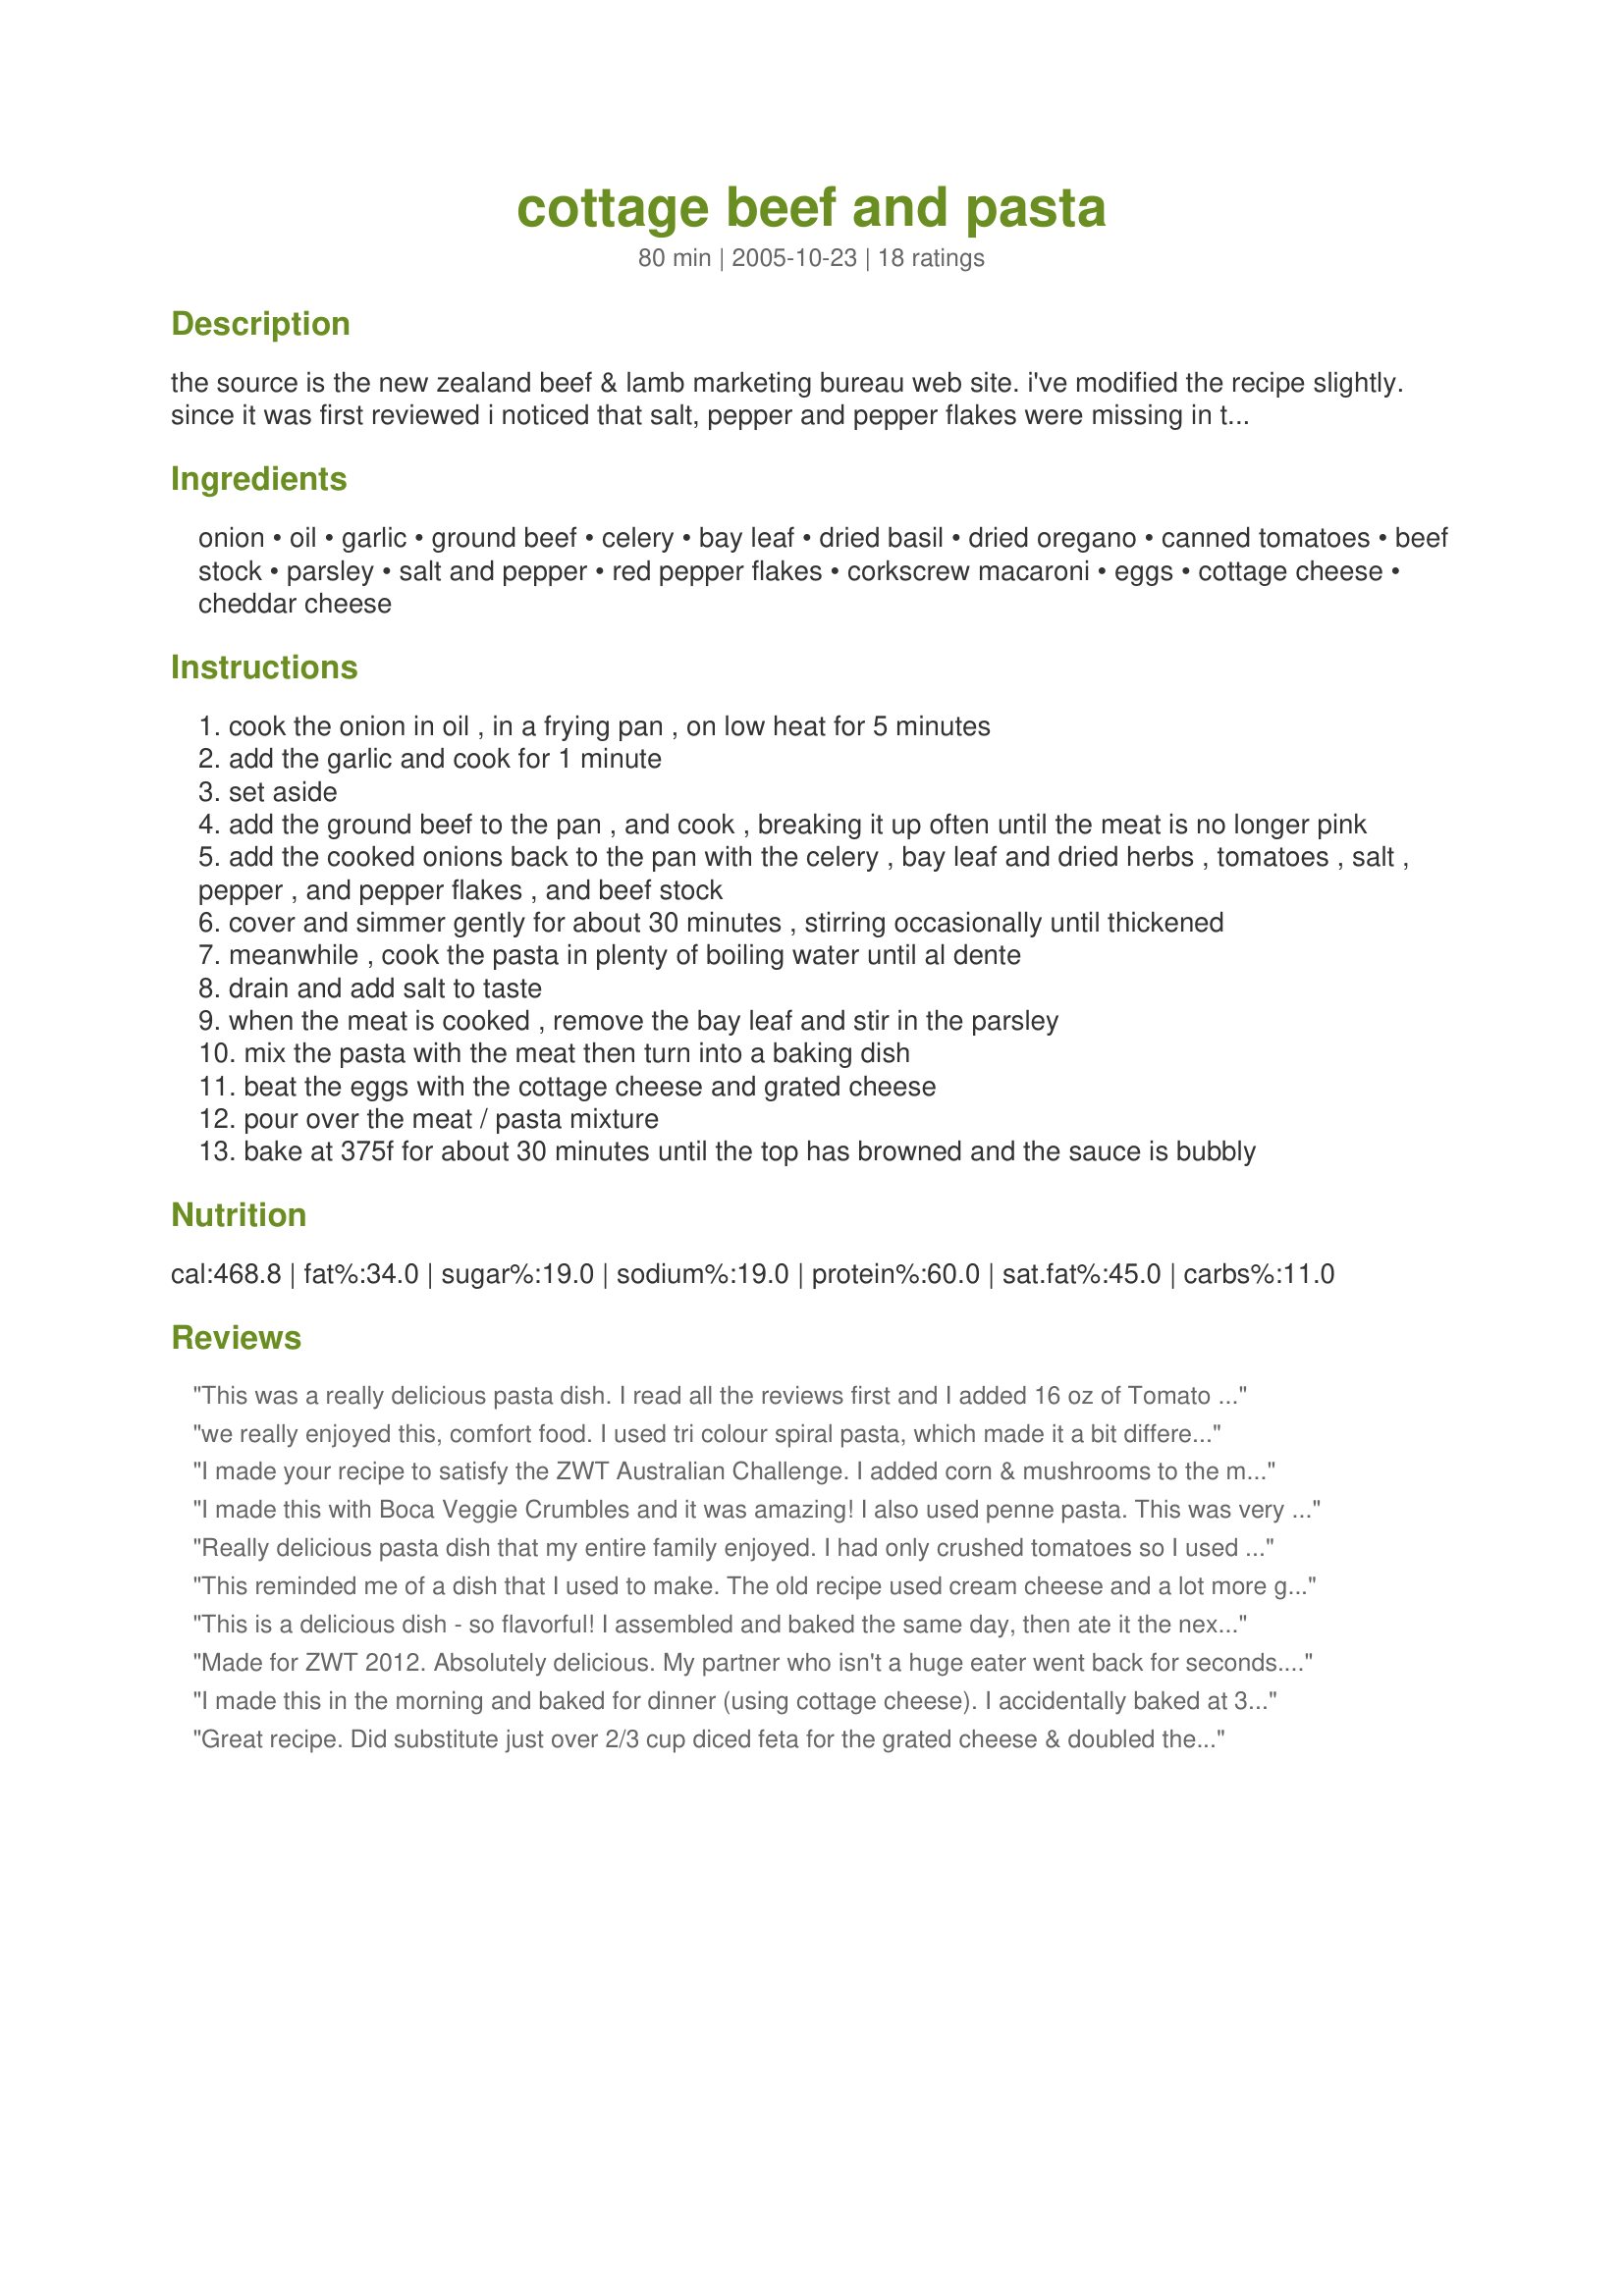
cottage beef and pasta
Preparation time: 80 minutes

the source is the new zealand beef & lamb marketing bureau web site. i've modified the recipe slightly. since it was first reviewed i noticed that salt, pepper and pepper flakes were missing in the ingredient list, so they have been added. this recipe is better the next day - if you can, make it ahead through step 5, refrigerate and bake before you're ready to serve.

Ingredients:
onion, oil, garlic, ground beef, celery, bay leaf, dried basil, dried oregano, canned tomatoes, beef stock, parsley, salt and pepper, red pepper flakes, corkscrew macaroni, eggs, cottage cheese, cheddar cheese

Steps:
cook the onion in oil , in a frying pan , on low heat for 5 minutes
add the garlic and cook for 1 minute
set aside
add the ground beef to the pan , and cook , breaking it up often until the meat is no longer pink
add the cooked onions back to the pan with the celery , bay leaf and dried herbs , tomatoes , salt , pepper , and pepper flakes , and beef stock
cover and simmer gently for about 30 minutes , stirring occasionally until thickened
meanwhile , cook the pasta in plenty of boiling water until al dente
drain and add salt to taste
when the meat is cooked , remove the bay leaf and stir in the parsley
mix the pasta with the meat then turn into a baking dish
beat the eggs with the cottage cheese and grated cheese
pour over the meat / pasta mixture
bake at 375f for about 30 minutes until the top has browned and the sauce is bubbly

Reviews:
This was a really delicious pasta dish. I read all the reviews first and I added 16 oz of Tomato sauce and I had a little bit left over of diced tomatoes, so I added them with the other 14 oz. That is all I changed and it turned out really great. We all loved this dish and will definitely make again. Just to mention I chose to use yogurt since that is what I had. Great flavor. Thanks for posting PanNan this recipe.
we really enjoyed this, comfort food. I used tri colour spiral pasta, which made it a bit different to look at ha ha, but really a delicious dish, thank you, made for Susies World Tour.
I made your recipe to satisfy the ZWT Australian Challenge. I added corn & mushrooms to the meat mixture, topped the dish w/a scatter of slivered almonds & used spaghetti instead of penne for the pasta. We found the meat mixture fairly basic, but the cheese topping was absolutely wonderful! I suspect it would be just as good in a wide variety of other dishes atop casseroles, veggies, etc. I plan to revisit this recipe after ZWT is over & make it as written. Thx for posting.
I made this with Boca Veggie Crumbles and it was amazing! I also used penne pasta. This was very easy and well worth the time it took to make it.
Really delicious pasta dish that my entire family enjoyed. I had only crushed tomatoes so I used those and topped with some freshly grated parmesan. It was terrific and easy to make. I would use this as a make ahead meal in the future, I think it would freeze nicely. Thanks for posting Nan! Made for ZWT #8 :)
This reminded me of a dish that I used to make. The old recipe used cream cheese and a lot more ground beef and cheese - it was very heavy but very tasty! This recipe has a lot of the same flavours but you don't have to have a nap on the couch after eating! I was low on cottage cheese so I supplemented with plain yogurt. I thought I had some regular pasta but had to use brown rice pasta instead. I tossed a little bit of cheese on top to add a bit of colour. Small changes to a great recipe. Very good! Made for ZWT8. Thanks PanNan! :)
This is a delicious dish - so flavorful! I assembled and baked the same day, then ate it the next, so I think that gave it time for the flavors to meld. Will definitely make again!
Made for ZWT 2012. Absolutely delicious. My partner who isn't a huge eater went back for seconds. One housemate had already had dinner, but had two servings and my other one asked me to rate it A would eat the **** out of it again. I also enjoyed it greatly and a six serving meal was devoured by 4 thoroughly impressed people.<br/><br/>Very easy to follow recipe, easy to make and goes down like a treat. Thanks so much for sharing.
I made this in the morning and baked for dinner (using cottage cheese). I accidentally baked at 350 (instead of 375) and am wondering if I cooked it long enough (I was in a bit of a rush for the final bake). I was expecting it to puff or something with the eggs and it looked pretty much the same as when it was uncooked. It didn't matter because it was really delicious (whole family enjoyed) but I will be more careful next time. I liked the extra zing that the red pepper flakes added. Thanks Pan Nan, for another comfort food recipe.

Roxygirl
Great recipe. Did substitute just over 2/3 cup diced feta for the grated cheese & doubled the white sauce. Lovely, fast & satisfying. Best of all 0 it reheats perfectly! Keeper recipe - plan to make with a bit of ground lamb next time round. Thanks for another real keeper PanNan!
Very tasty and easy dish. Enjoyoed by the kids and adults alike. I madded a bit more of the cheese sauce and tomatoe as mentioned by other reviewers as we like it saucier (personal preference). TERRIFIC dish - thank you for posting! **MADE for ZWT5**
This is the type of meal that quiets grown men, and fills children. This dish absolutely screams comfort, and begs you make it, and devour, even when you are watching those calories. More then easy to put together, had everything in my kitchen, and the aroma smells heavenly. The only change/and or addition I used was mozzarella cheese mixed with cheddar cheese because I ran out. Delicious! Will be making this for "Saturday Lunch on The Farm" I highly recommend this dish. Thanks, PanNan! Made for *ZWT3 07*
This has very nice flavor, but was very very dry. I followed the recipe, and after reading previos reviews, I decided to add 8 oz of tomato sauce and double the beef broth. Next time I would add at least an additional 2 cups of tomato sauce and probably double the creamy topping. The creamy topping was excellent; like icing on a cake. This is definitely worth making again, just saucier. Thanx for sharing!
OMG! This was so good! I did add a few things because I made it for the Aussie Challenge for the ZWT2. As per the challenge, I added fresh tomatoes, mushrooms and some mango. I did not have ground beef so I chopped up some steak! Oh this was heaven! Also i put a layer of provolone over the top of it because i had a few slices I needed to use up.... and there is no such thing as too much cheese! And lastly, since the steak did not have the grease of the ground meat, i added an extra thick piece of bacon to the pan. Okay I may not have adjusted it to be the healthiest dinner.... but it was so good that I am already planning on making it again! Thanks PanNan! Your recipes are always wonderful!
I was going to make a lasagne but didn't really feel like doing the bechamel sauce & layering thing so decided to make this instead.
Made as directed but found that I would have liked it saucier so added some tomato paste as well as a 700g jar of pasta sauce for a more tomato flavoured saucier dish. Quite nice and a great alternative to lasagne.
We all really liked this - I think next time I might make just a bit more of the cheese sauce, but not too much - it was very good just as it was. I used plain yogurt since that's what I had in the fridge. The only thing I added was a few sliced black olives. Made for a trip to Australia for ZWT III. Thanks!
*Reviewed during ZWT5 for Family Picks Australian & New Zealand with the Chow Hounds Team* My family loved this. A great child friendly dinner that was alos enjoyed by adults. I used gluten-free quinoa penne pasta to make this dish gluten-free suitable. Made to the recipe and used a mixture of cream cheese with somw creme fraiche that I had left-over and grated Tasty Cheese. This is a great cook ahead dinner and reheats well in the microwave for individual serving portions. Photo also being posted
This turned out kind of bland to me. It could make a good basic recipe to add things to, though.
